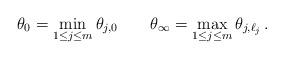
LaTeX: \begin{align*}\theta_0=\min_{1\le j\le m}\theta_{j,0}\qquad\theta_\infty=\max_{\substack{1\le j\le m}}\theta_{j,\ell_j}\,.\end{align*}